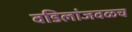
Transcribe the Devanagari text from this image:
वडिलांजवळच